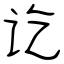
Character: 讫